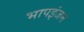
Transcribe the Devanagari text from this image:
भापइंजन